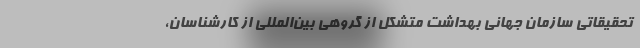
تحقیقاتی سازمان جهانی بهداشت متشکل از گروهی بین‌المللی از کارشناسان،